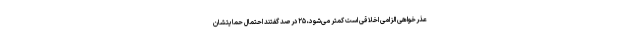
عذرخواهی الزامی اخلاقی است کمتر می‌شود، ۲۵درصد گفتند احتمال حمایتشان